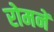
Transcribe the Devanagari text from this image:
रोमनें